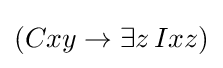
(Cxy\rightarrow \exists z\,Ixz)